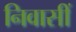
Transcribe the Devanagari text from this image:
निवासीं